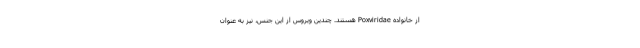
از خانواده Poxviridae هستند. چندین ویروس از این جنس، نیز به عنوان